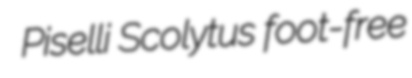
Piselli Scolytus foot-free